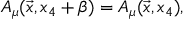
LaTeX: A _ { \mu } ( \vec { x } , x _ { 4 } + \beta ) = A _ { \mu } ( \vec { x } , x _ { 4 } ) ,